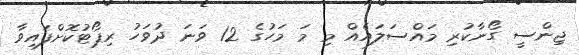
ޖިންސީ ގޯނާކުރި މައްސަލައެއް މި މަ މަހުގެ 12 ވަނަ ދުވަހު ރިޕޯޓުކޮށްފައިވާ